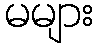
မများ